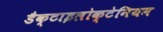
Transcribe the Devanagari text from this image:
डैक्टाइलोक्टेनियम